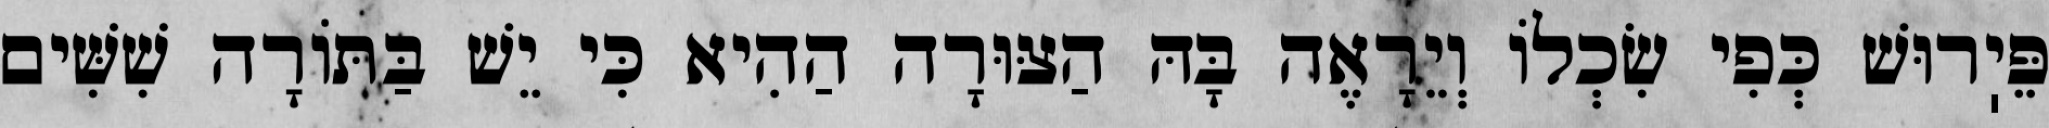
פֵּיֽרוּשׁ כְּפִי שִׂכְלוֹ וְיֵרָאֶה בָּהּ הַצּוּרָה הַהִיא כִּי יֵשׁ בַּתּוֹרָה שִׁשִּׁים